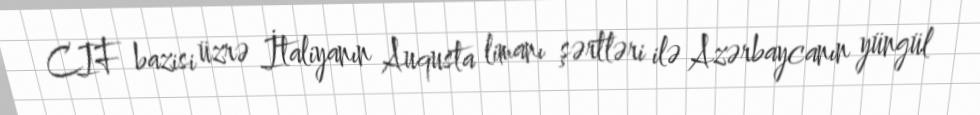
CIF bazisi üzrə İtaliyanın Auqusta limanı şərtləri ilə Azərbaycanın yüngül